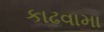
કાઢવામા